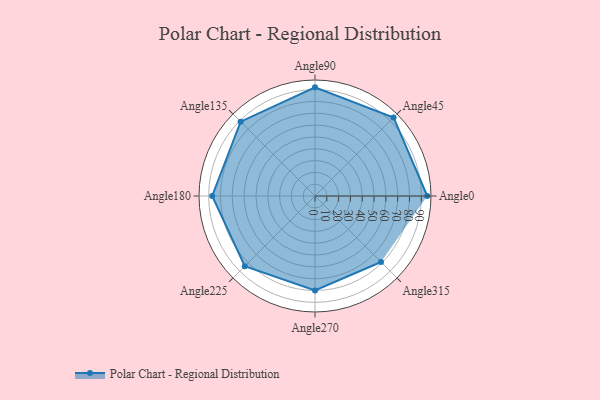
{"axis": {"x": "Angle", "y": "Radius"}, "legend": [""], "data": [{"x": "Angle0", "y": 95.0, "type": ""}, {"x": "Angle45", "y": 94.0, "type": ""}, {"x": "Angle90", "y": 92.0, "type": ""}, {"x": "Angle135", "y": 89.0, "type": ""}, {"x": "Angle180", "y": 87.0, "type": ""}, {"x": "Angle225", "y": 84.0, "type": ""}, {"x": "Angle270", "y": 80.0, "type": ""}, {"x": "Angle315", "y": 79.0, "type": ""}]}